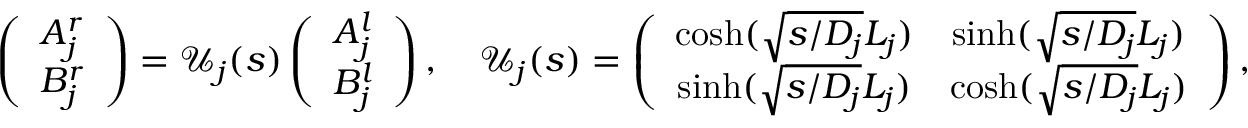
\left( \begin{array} { c } { A _ { j } ^ { r } } \\ { B _ { j } ^ { r } } \end{array} \right) = { \mathcal U } _ { j } ( s ) \left( \begin{array} { c } { A _ { j } ^ { l } } \\ { B _ { j } ^ { l } } \end{array} \right) , \quad { \mathcal U } _ { j } ( s ) = \left( \begin{array} { c c } { \cosh ( \sqrt { s / D _ { j } } L _ { j } ) } & { \sinh ( \sqrt { s / D _ { j } } L _ { j } ) } \\ { \sinh ( \sqrt { s / D _ { j } } L _ { j } ) } & { \cosh ( \sqrt { s / D _ { j } } L _ { j } ) } \end{array} \right) ,